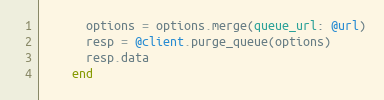
Language: Ruby
      options = options.merge(queue_url: @url)
      resp = @client.purge_queue(options)
      resp.data
    end